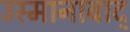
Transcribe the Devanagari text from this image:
उस्मानाबाद्